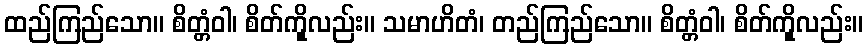
ထည်ကြည်သော။ စိတ္တံဝါ၊ စိတ်ကိုူလည်း။ သမာဟိတံ၊ တည်ကြည်သော။ စိတ္တံဝါ၊ စိတ်ကိုူလည်း။